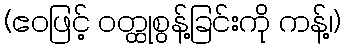
(ဧဝဖြင့် ဝတ္ထုစွန့်ခြင်းကို ကန့်၊)